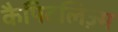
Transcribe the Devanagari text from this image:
कैपिटलिज़्म